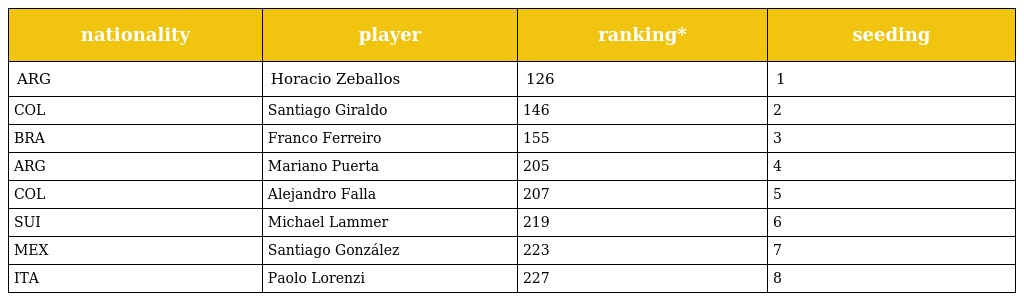
| nationality | player | ranking* | seeding |
 | --- | --- | --- | --- |
 | ARG | Horacio Zeballos | 126 | 1 |
 | COL | Santiago Giraldo | 146 | 2 |
 | BRA | Franco Ferreiro | 155 | 3 |
 | ARG | Mariano Puerta | 205 | 4 |
 | COL | Alejandro Falla | 207 | 5 |
 | SUI | Michael Lammer | 219 | 6 |
 | MEX | Santiago González | 223 | 7 |
 | ITA | Paolo Lorenzi | 227 | 8 |